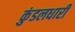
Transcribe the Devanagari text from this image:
कुंडलधारी